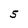
Character: 5